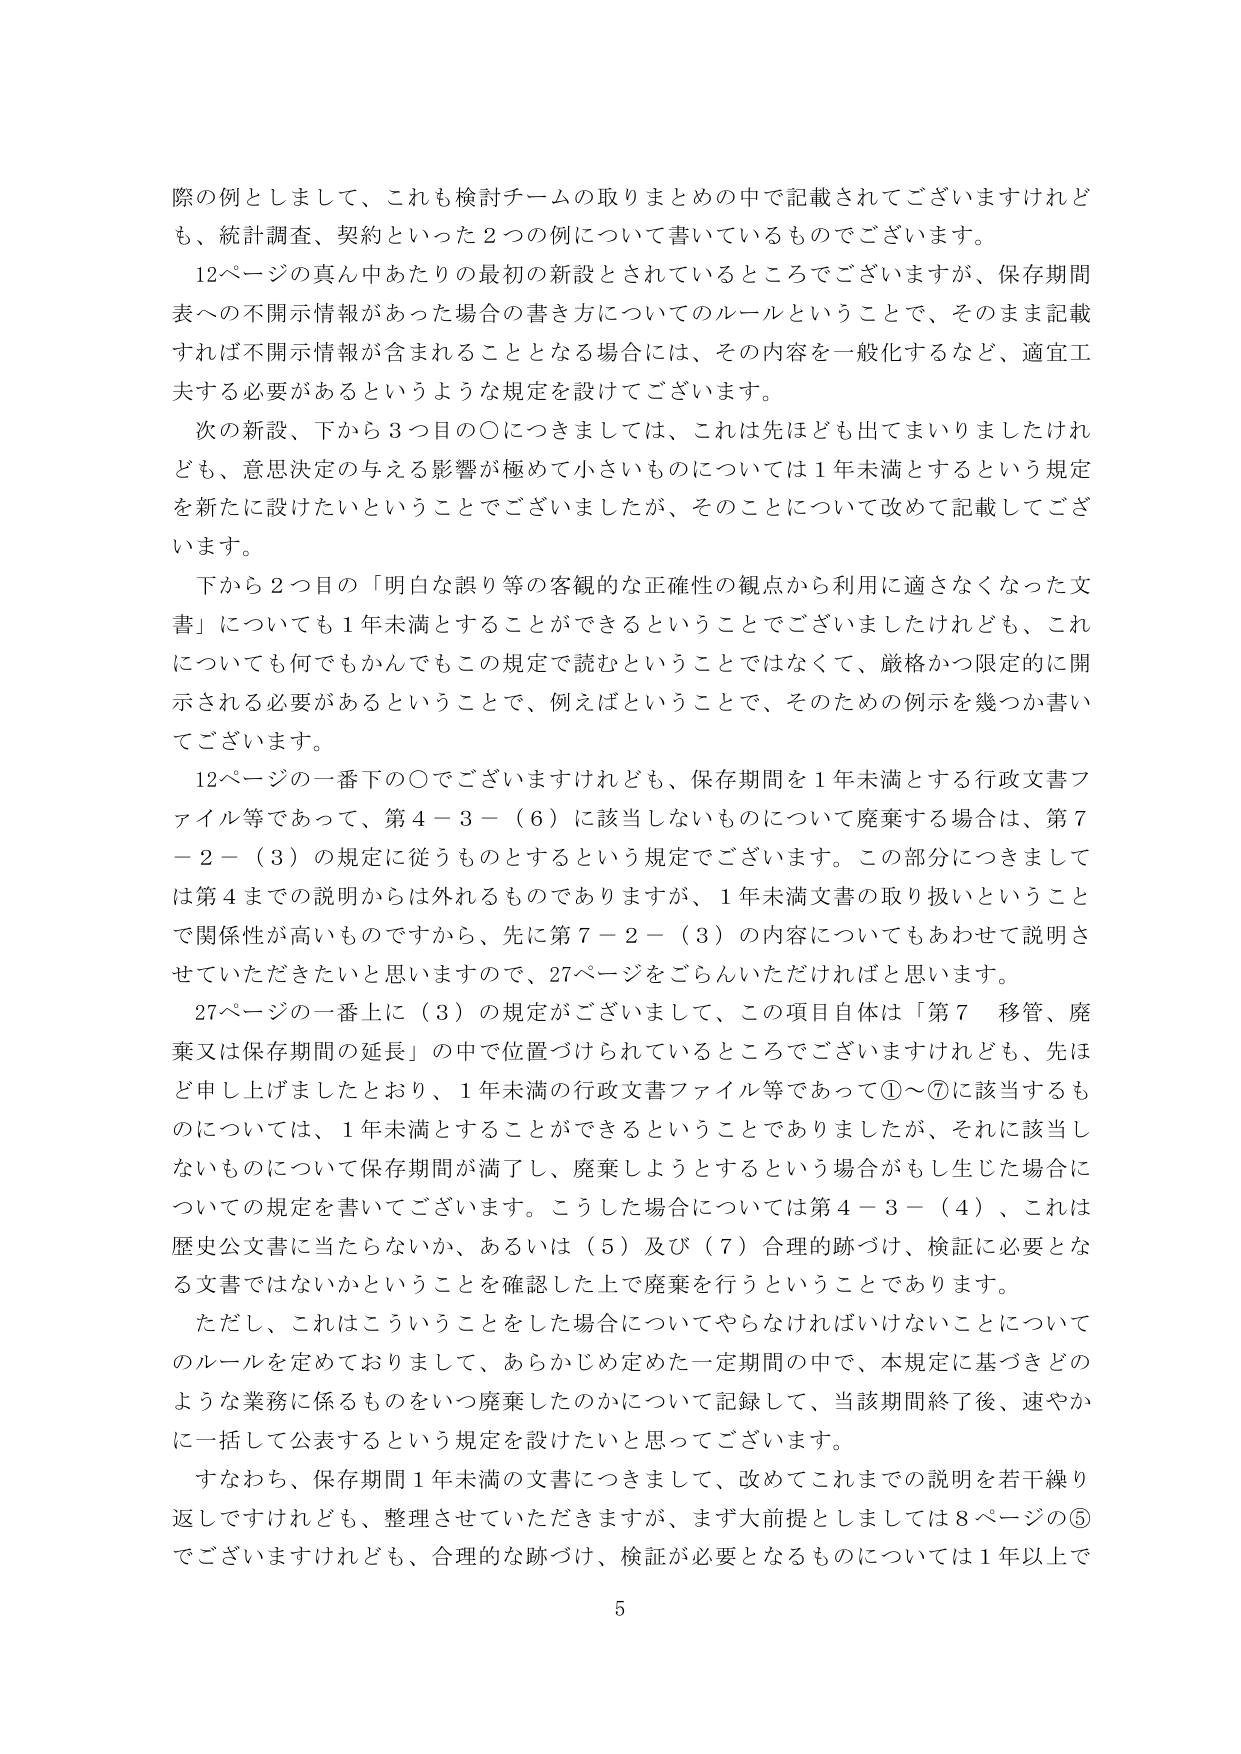
際の例としまして、これも検討チームの取りまとめの中で記載されてございますけれども、統計調査、契約といった２つの例について書いているものでございます。

12ページの真ん中あたりの最初の新設とされているところでございますが、保存期間表への不開示情報があった場合の書き方についてのルールということで、そのまま記載すれば不開示情報が含まれることとなる場合には、その内容を一般化するなど、適宜工夫する必要があるというような規定を設けてございます。

次の新設、下から３つ目の〇につきましては、これは先ほども出てまいりましたけれども、意思決定の与える影響が極めて小さいものについては１年未満とするという規定を新たに設けたいということでございましたが、そのことについて改めて記載してございます。

下から２つ目の「明白な誤り等の客観的な正確性の観点から利用に適さなくなった文書」についても１年未満とすることができるということでございましたけれども、これについても何でもかんでもこの規定で読むということではなくて、厳格かつ限定的に開示される必要があるということで、例えばということで、そのための例示を幾つか書いてございます。

12ページの一番下の〇でございますけれども、保存期間を１年未満とする行政文書ファイル等であって、第４－３－（６）に該当しないものについて廃棄する場合は、第７－２－（３）の規定に従うものとするという規定でございます。この部分につきましては第４までの説明からは外れるものでありますが、１年未満文書の取り扱いということで関係性が高いものですから、先に第７－２－（３）の内容についてもあわせて説明させていただきたいと思いますので、27ページをごらんいただければと思います。

27ページの一番上に（３）の規定がございまして、この項目自体は「第７ 移管、廃棄又は保存期間の延長」の中で位置づけられているところでございますけれども、先ほど申し上げましたとおり、１年未満の行政文書ファイル等であって①～⑦に該当するものについては、１年未満とすることができるということでありましたが、それに該当しないものについて保存期間が満了し、廃棄しようとするという場合がもし生じた場合についての規定を書いてございます。こうした場合については第４－３－（４）、これは歴史公文書に当たらないか、あるいは（５）及び（７）合理的跡づけ、検証に必要となる文書ではないかということを確認した上で廃棄を行うということであります。

ただし、これはこういうことをした場合についてやらなければいけないことについてのルールを定めておりまして、あらかじめ定めた一定期間の中で、本規定に基づきどのような業務に係るものをいつ廃棄したのかについて記録して、当該期間終了後、速やかに一括して公表するという規定を設けたいと思ってございます。

すなわち、保存期間１年未満の文書につきまして、改めてこれまでの説明を若干繰り返しですけれども、整理させていただきますが、まず大前提としましては８ページの⑤でございますけれども、合理的な跡づけ、検証が必要となるものについては１年以上で

5